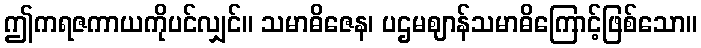
ဤကရဇကာယကိုပင်လျှင်။ သမာဓိဇေန၊ ပဌမဈာန်သမာဓိကြောင့်ဖြစ်သော။